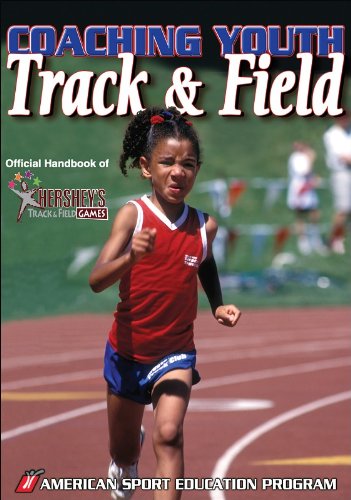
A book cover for Coaching Youth Track & Field; American Sport Education Program; Sports & Outdoors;